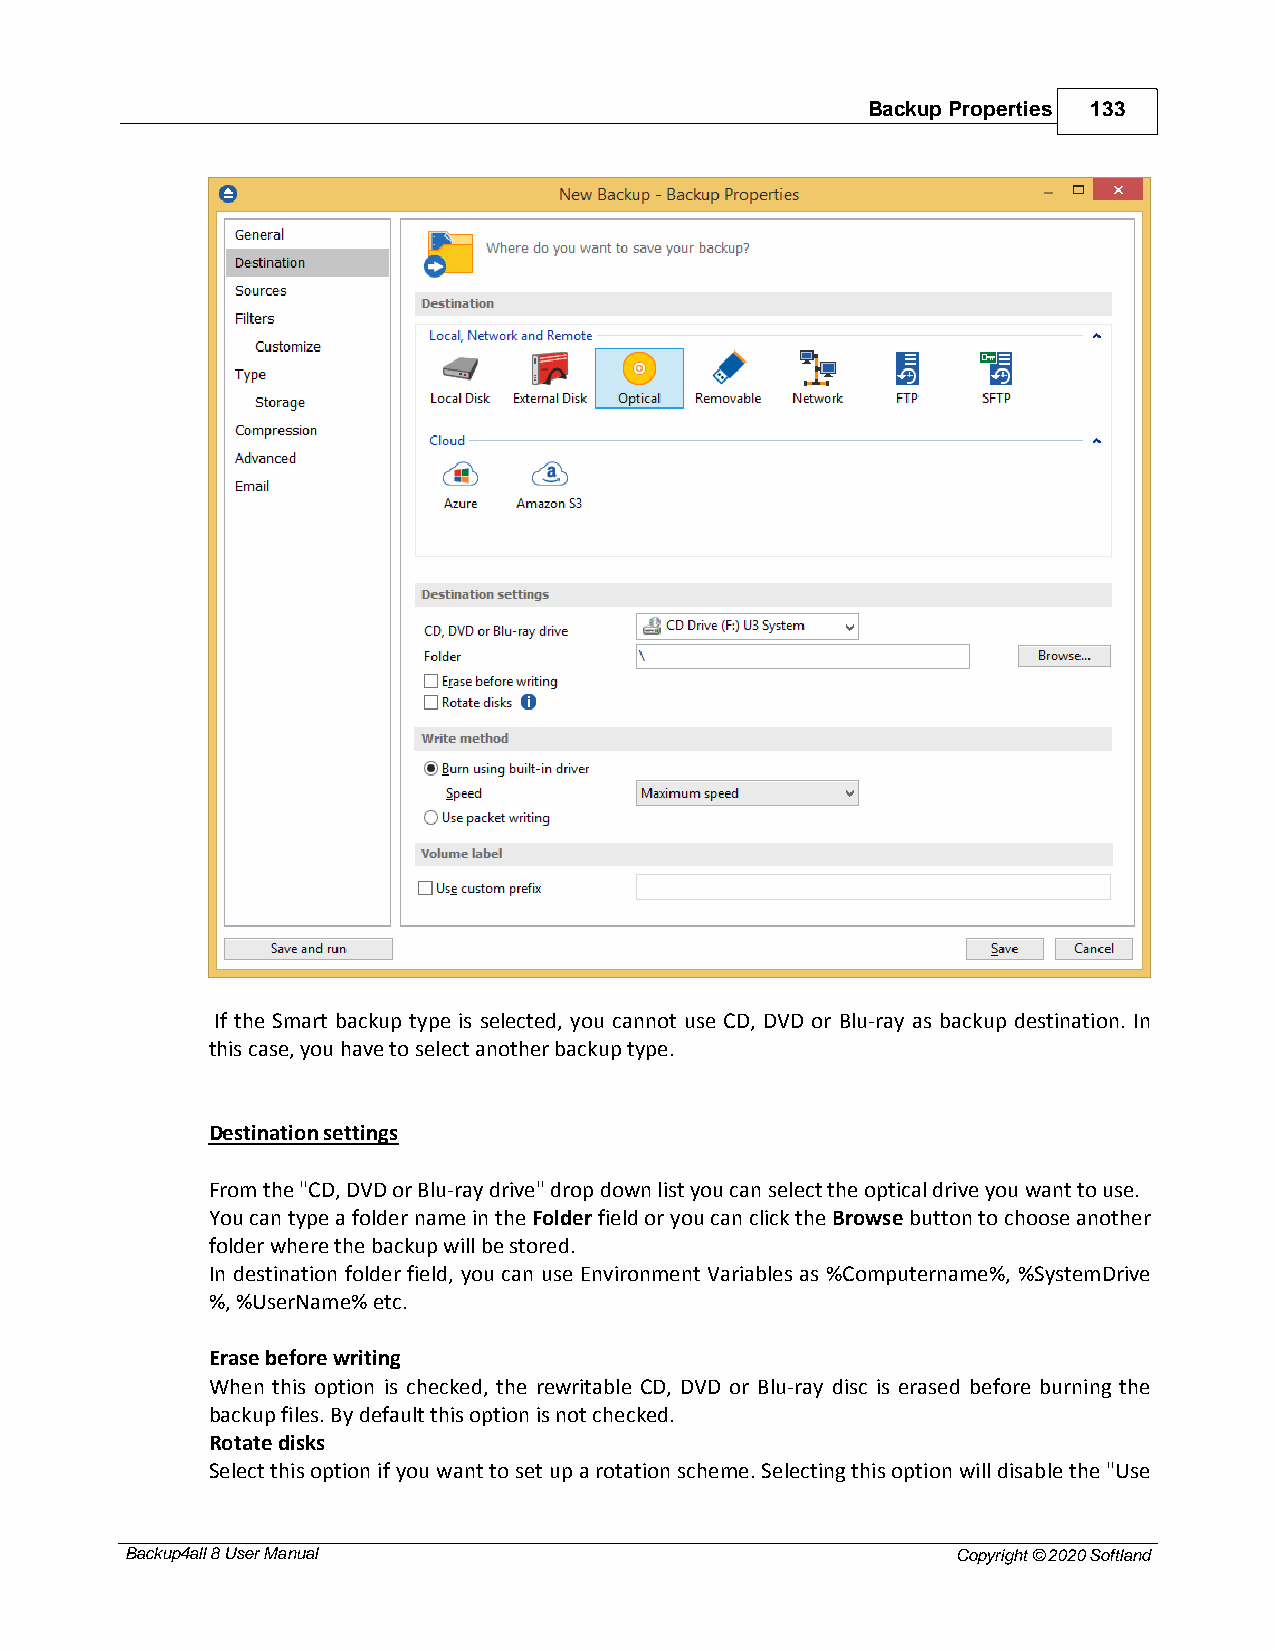
Backup Properties 133
 If the Smart backup type is selected, you cannot use CD, DVD or Blu-ray as backup destination. In
 this case, you have to select another backup type.
 Destination settings
 From the "CD, DVD or Blu-ray drive" drop down list you can select the optical drive you want to use.
 You can type a folder name in the Folder field or you can click the Browse button to choose another
 folder where the backup will be stored.
 In destination folder field, you can use Environment Variables as %Computername%, %SystemDrive
 %, %UserName% etc.
 Erase before writing
 When this option is checked, the rewritable CD, DVD or Blu-ray disc is erased before burning the
 backup files. By default this option is not checked.
 Rotate disks
 Select this option if you want to set up a rotation scheme. Selecting this option will disable the "Use
 Backup4all 8 User Manual                               Copyright © 2020 Softland